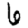
Digit: 6